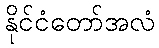
နိုင်ငံတော်အလံ